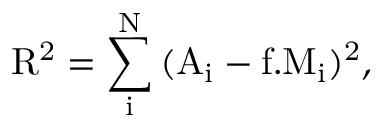
\mathrm { R ^ { 2 } = \sum _ { i } ^ { N } { ( A _ { i } - f . M _ { i } ) ^ { 2 } } } ,